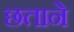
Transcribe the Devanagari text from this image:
छताने